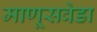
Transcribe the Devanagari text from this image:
माणूसवेडा